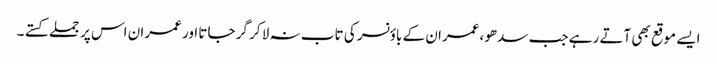
ایسے موقع بھی آتے رہے جب سدھو ،عمران کے باؤنسر کی تاب نہ لا کر گر جاتا اور عمران اس پر جملے کستے ۔